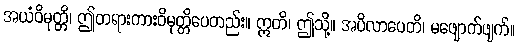
အယံဝိမုတ္တိ၊ ဤတရားကားဝိမုတ္တိပေတည်း။ ဣတိ၊ ဤသို့။ အပိလာပေတိ၊ မဖျောက်ဖျက်။